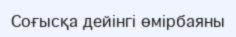
Соғысқа дейінгі өмірбаяны